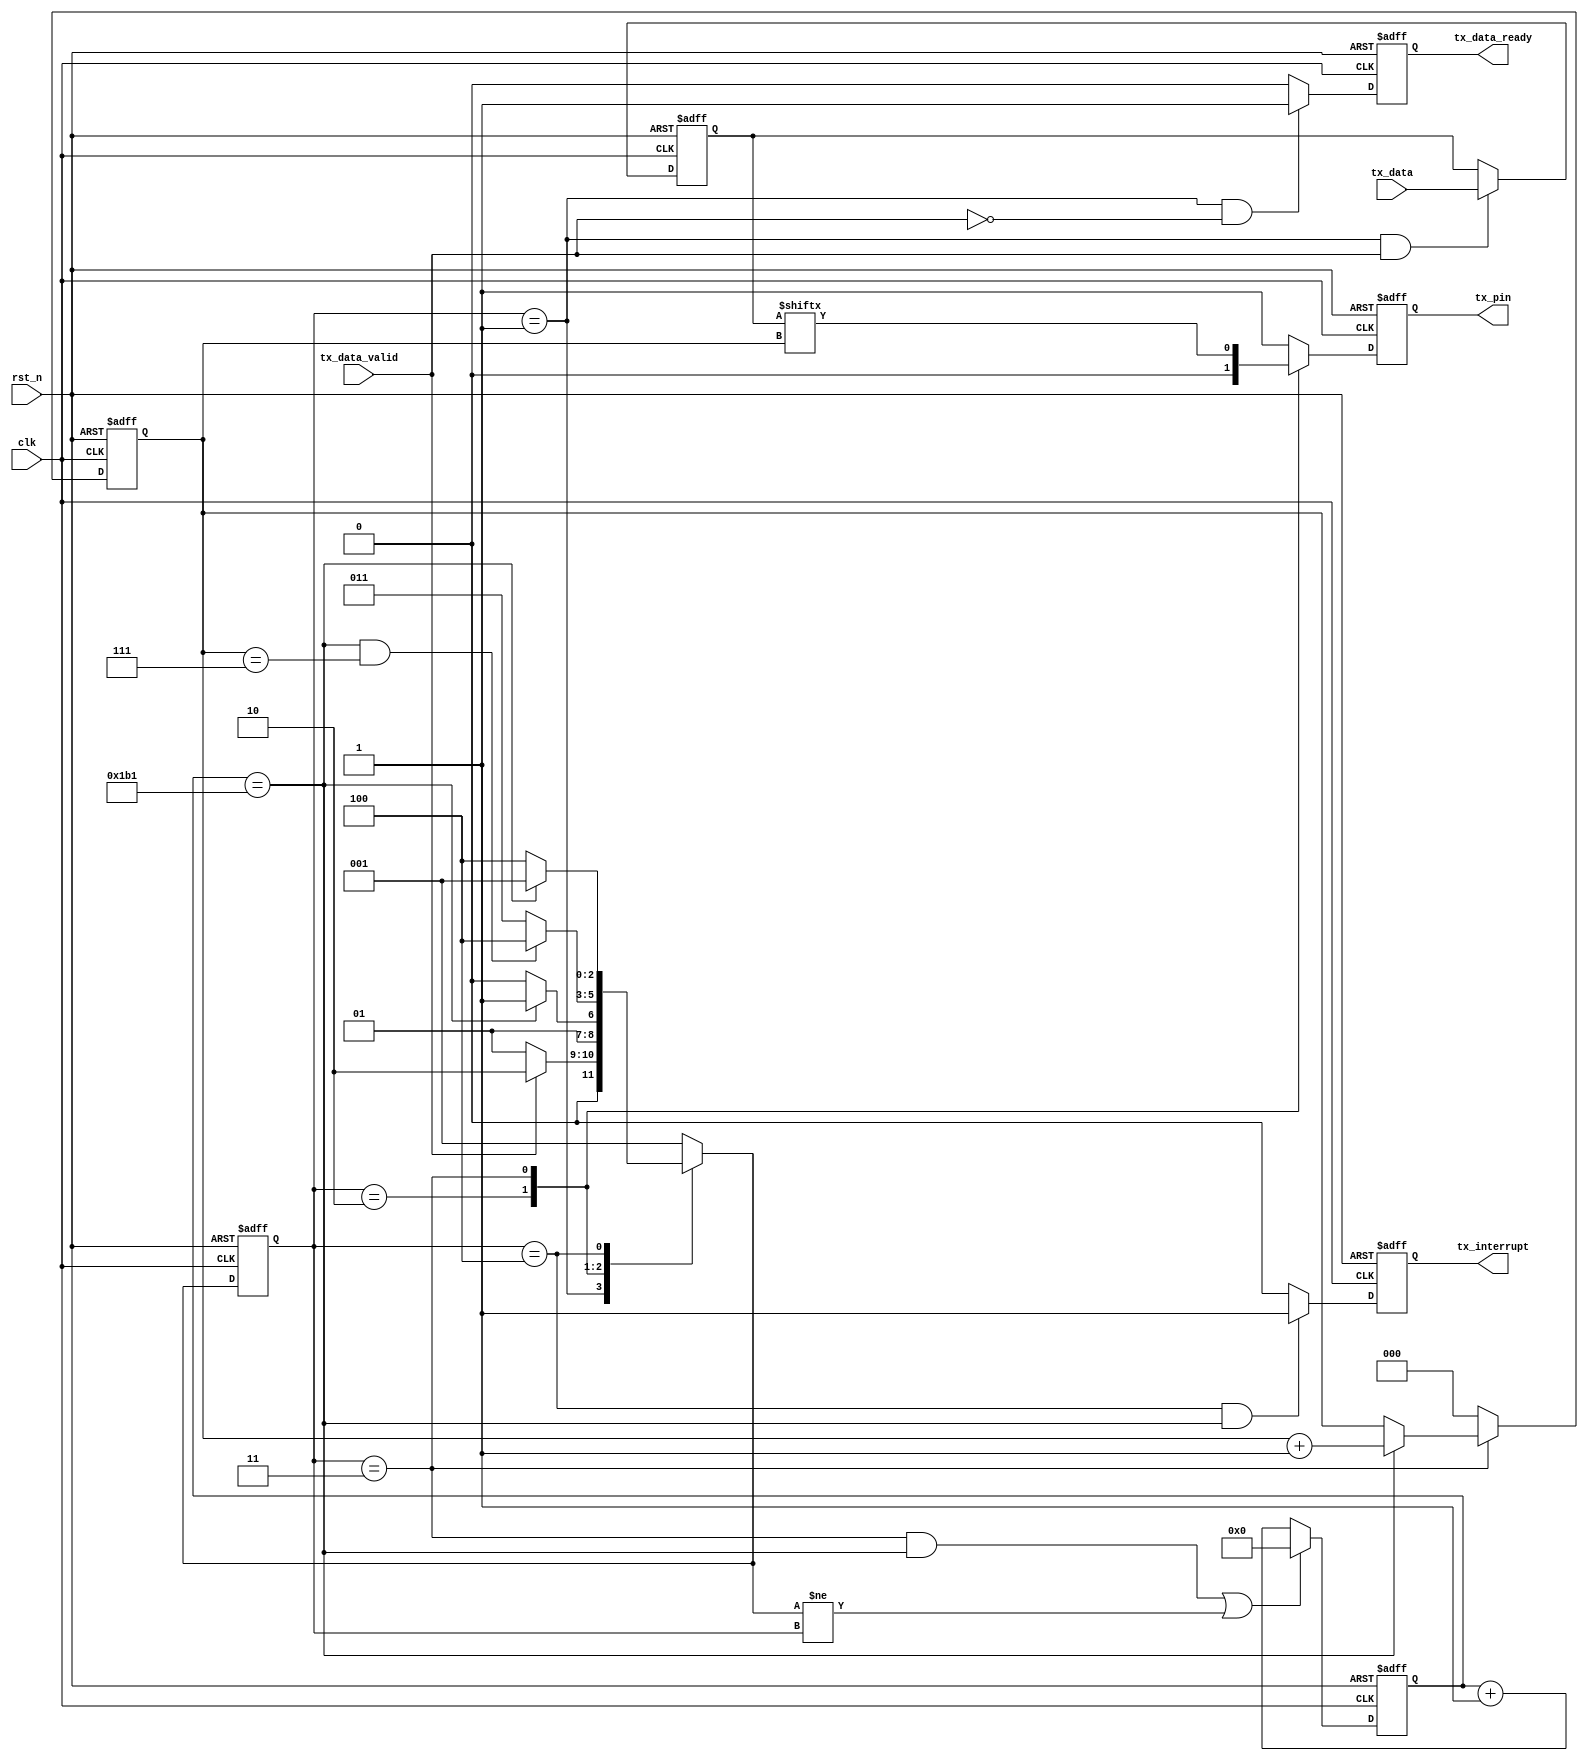
//*******************************************************************************/
module uart_tx
#(
    parameter CLK_FRE = 50,      //clock frequency(Mhz)
    parameter BAUD_RATE = 115200 //serial baud rate
)
(
    input                        clk            ,           //clock input
    input                        rst_n          ,           //asynchronous reset input, low active 
    input [7:0]                  tx_data        ,           //data to send
    input                        tx_data_valid  ,           //data to be sent is valid
    output reg                   tx_data_ready  ,           //send ready
    output                       tx_interrupt   ,
    output                       tx_pin                     //serial data output
);
localparam                       CYCLE = CLK_FRE * 1000000 / BAUD_RATE;
/***********************************************************************/
//
reg[2:0]                         state          ;
reg[2:0]                         next_state     ;
localparam          S_IDLE       = 1            ;//
localparam          S_START      = 2            ;//
localparam          S_SEND_BYTE  = 3            ;//
localparam          S_STOP       = 4            ;//
/***********************************************************************/
reg[15:0]                        cycle_cnt      ; //
reg[2:0]                         bit_cnt        ;//
reg[7:0]                         tx_data_latch  ; //
reg                              tx_reg         ;
/***********************************************************************/
assign tx_pin = tx_reg;
/***********************************************************************/
always@(posedge clk or negedge rst_n)
begin
    if(!rst_n)
		state <= S_IDLE;
	else
		state <= next_state;
end
always@(*)
begin
	case(state)
		S_IDLE:
			if(tx_data_valid == 1'b1)
				next_state <= S_START;
			else
				next_state <= S_IDLE;
		S_START:
			if(cycle_cnt == CYCLE - 1)
				next_state <= S_SEND_BYTE;
			else
				next_state <= S_START;
		S_SEND_BYTE:
			if(cycle_cnt == CYCLE - 1  && bit_cnt == 3'd7)
				next_state <= S_STOP;
			else
				next_state <= S_SEND_BYTE;
		S_STOP:
			if(cycle_cnt == CYCLE - 1)
				next_state <= S_IDLE;
			else
				next_state <= S_STOP;
		default:
			next_state <= S_IDLE;
	endcase
end
/***********************************************************************/
//
always@(posedge clk or negedge rst_n)
begin
    if(!rst_n)
		cycle_cnt <= 16'd0;
	else if((state == S_SEND_BYTE && cycle_cnt == CYCLE - 1) || next_state != state)
		cycle_cnt <= 16'd0;
	else
		cycle_cnt <= cycle_cnt + 16'd1;
end
/***********************************************************************/
//
always@(posedge clk or negedge rst_n)
begin
    if(!rst_n)
		begin
			tx_data_latch <= 8'd0;
		end
	else if(state == S_IDLE && tx_data_valid == 1'b1)
			tx_data_latch <= tx_data;
		
end
/***********************************************************************/
//
always@(posedge clk or negedge rst_n)
begin
    if(!rst_n)
		begin
			bit_cnt <= 3'd0;
		end
	else if(state == S_SEND_BYTE)
		if(cycle_cnt == CYCLE - 1)
			bit_cnt <= bit_cnt + 3'd1;
		else
			bit_cnt <= bit_cnt;
	else
		bit_cnt <= 3'd0;
end
/***********************************************************************/
//
always@(posedge clk or negedge rst_n)
begin
    if(!rst_n)
		tx_reg <= 1'b1;
	else
		case(state)
			S_IDLE,S_STOP:
				tx_reg <= 1'b1; 
			S_START:
				tx_reg <= 1'b0; 
			S_SEND_BYTE:
				tx_reg <= tx_data_latch[bit_cnt];
			default:
				tx_reg <= 1'b1; 
		endcase
end
/***********************************************************************/
//
always@(posedge clk or negedge rst_n)
begin
    if(!rst_n)
		begin
			tx_data_ready <= 1'b0;
		end
	else if(state == S_IDLE&&tx_data_valid == 1'b0)
			tx_data_ready <= 1'b1;
		else
			tx_data_ready <= 1'b0;
end
/***********************************************************************/
reg tx_interrupt_r;
always @(posedge clk or negedge rst_n) begin
    if(!rst_n) begin
      tx_interrupt_r<=1'b0;
    end
    else if(state == S_STOP && cycle_cnt == CYCLE - 1) begin
        tx_interrupt_r<=1'b1;
    end
    else begin
      tx_interrupt_r<=1'b0;
    end
end
assign tx_interrupt=tx_interrupt_r;
endmodule